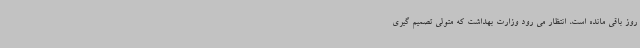
روز باقی مانده است، انتظار می رود وزارت بهداشت که متولی تصمیم گیری